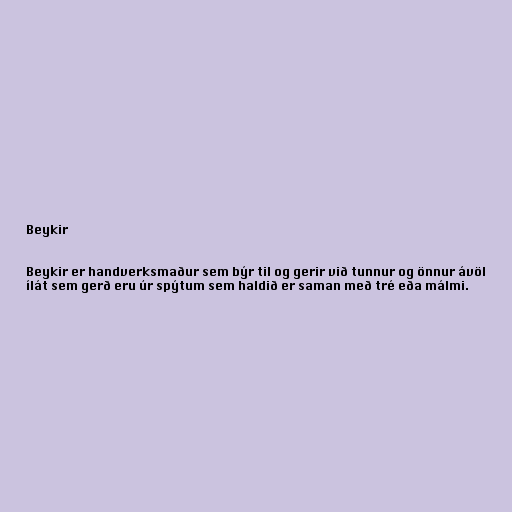
Beykir

Beykir er handverksmaður sem býr til og gerir við tunnur og önnur ávöl
ílát sem gerð eru úr spýtum sem haldið er saman með tré eða málmi.